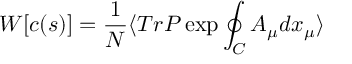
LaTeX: W [ c ( s ) ] = \frac { 1 } { N } \langle T r P \exp \oint _ { C } A _ { \mu } d x _ { \mu } \rangle